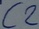
Text: C2